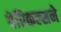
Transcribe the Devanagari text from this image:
पेरिकल्सने